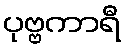
ပုဗ္ဗကာရီ